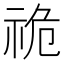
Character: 祪